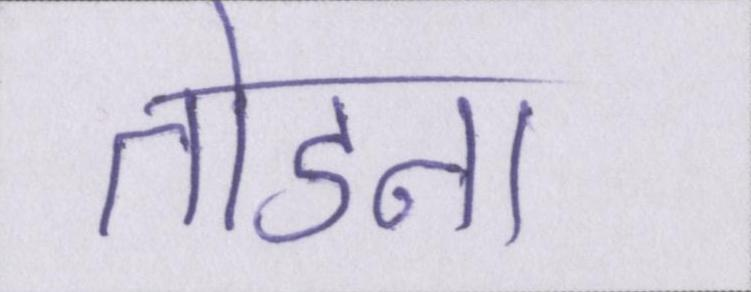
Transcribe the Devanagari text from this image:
तोडना